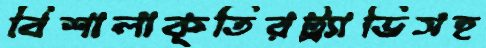
বিশালাকৃতিরট্র্যাভিসহ